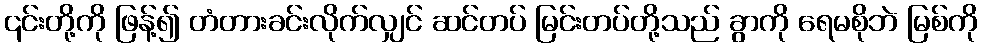
၎င်းတို့ကို ဖြန့်၍ တံတားခင်းလိုက်လျှင် ဆင်တပ် မြင်းတပ်တို့သည် ခွာကို ရေမစိုဘဲ မြစ်ကို